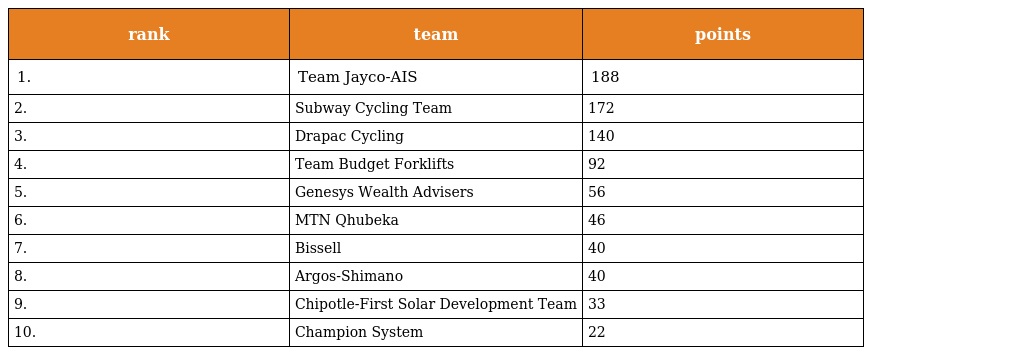
| rank | team | points |
 | --- | --- | --- |
 | 1. | Team Jayco-AIS | 188 |
 | 2. | Subway Cycling Team | 172 |
 | 3. | Drapac Cycling | 140 |
 | 4. | Team Budget Forklifts | 92 |
 | 5. | Genesys Wealth Advisers | 56 |
 | 6. | MTN Qhubeka | 46 |
 | 7. | Bissell | 40 |
 | 8. | Argos-Shimano | 40 |
 | 9. | Chipotle-First Solar Development Team | 33 |
 | 10. | Champion System | 22 |